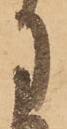
に